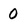
Character: 0